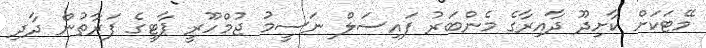
މޭޓަކަށް ކާށިދޫ ދާއިރާގެ މެންބަރު ފައިސަލް ނަސީމު ޖުމްހޫރީ ޕާޓީގެ ފަރާތުން ދާދި